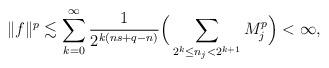
LaTeX: \begin{align*} \|f\|^p \lesssim \sum_{k=0}^\infty \frac{1}{2^{k(ns+q-n)}}\Big( \sum_{2^k \le n_j<2^{k+1}} M_j^p\Big)<\infty,\end{align*}